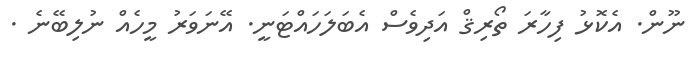
ނޫން. އެކޮޅު ފިހާރަ ތޯރިޤް އަދިވެސް އެބަލަހައްޓަނީ. އޭނަވަރު މީހެއް ނުލިބޭނެ .